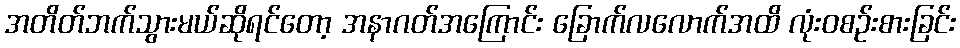
အတိတ်ဘက်သွားမယ်ဆိုရင်တော့ အနာဂတ်အကြောင်း ခြောက်လလောက်အထိ လုံးဝစဉ်းစားခြင်း